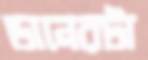
ডানেরটা